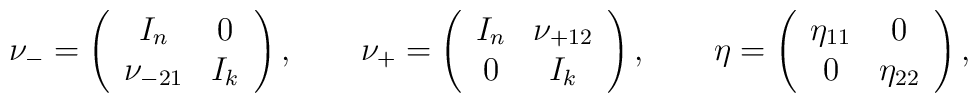
\nu_- = \left( \begin{array}{cc}I_n & 0 \\\nu_{-21} & I_k\end{array} \right), \qquad\nu_+ = \left( \begin{array}{cc}I_n & \nu_{+12} \\0 & I_k\end{array} \right), \qquad\eta = \left( \begin{array}{cc}\eta_{11} & 0 \\0 & \eta_{22}\end{array} \right),